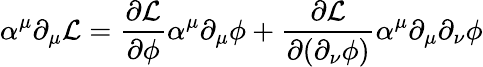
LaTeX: \alpha^{\mu}\partial_{\mu}{\mathcal{L}}={\frac{\partial{\mathcal{L}}}{\partial\phi}}\alpha^{\mu}\partial_{\mu}\phi+{\frac{\partial{\mathcal{L}}}{\partial(\partial_{\nu}\phi)}}\alpha^{\mu}\partial_{\mu}\partial_{\nu}\phi